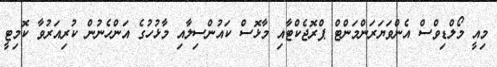
މިއީ މޯލްޑިވްސް އެންވަޔަރަންމަންޓް ޕްރޮޖެކްޓާއި މާޅޮސް ކައުންސިލާއި މާޅުހުގެ އަންހެނުން ކުރިއަރުވާ ކޮމިޓީ